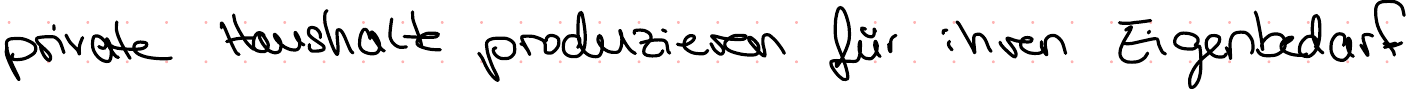
private Haushalte produzieren für ihren Eigenbedarf